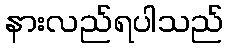
နားလည်ရပါသည်